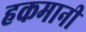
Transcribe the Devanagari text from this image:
हकमानी